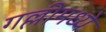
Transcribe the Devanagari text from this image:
गल्लीमध्ये